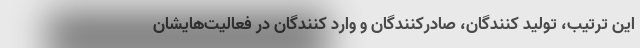
این ترتیب، تولید کنندگان، صادرکنندگان و وارد کنندگان در فعالیت‌هایشان